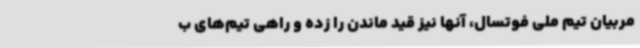
مربیان تیم ملی فوتسال، آنها نیز قید ماندن را زده و راهی تیم‌های ب